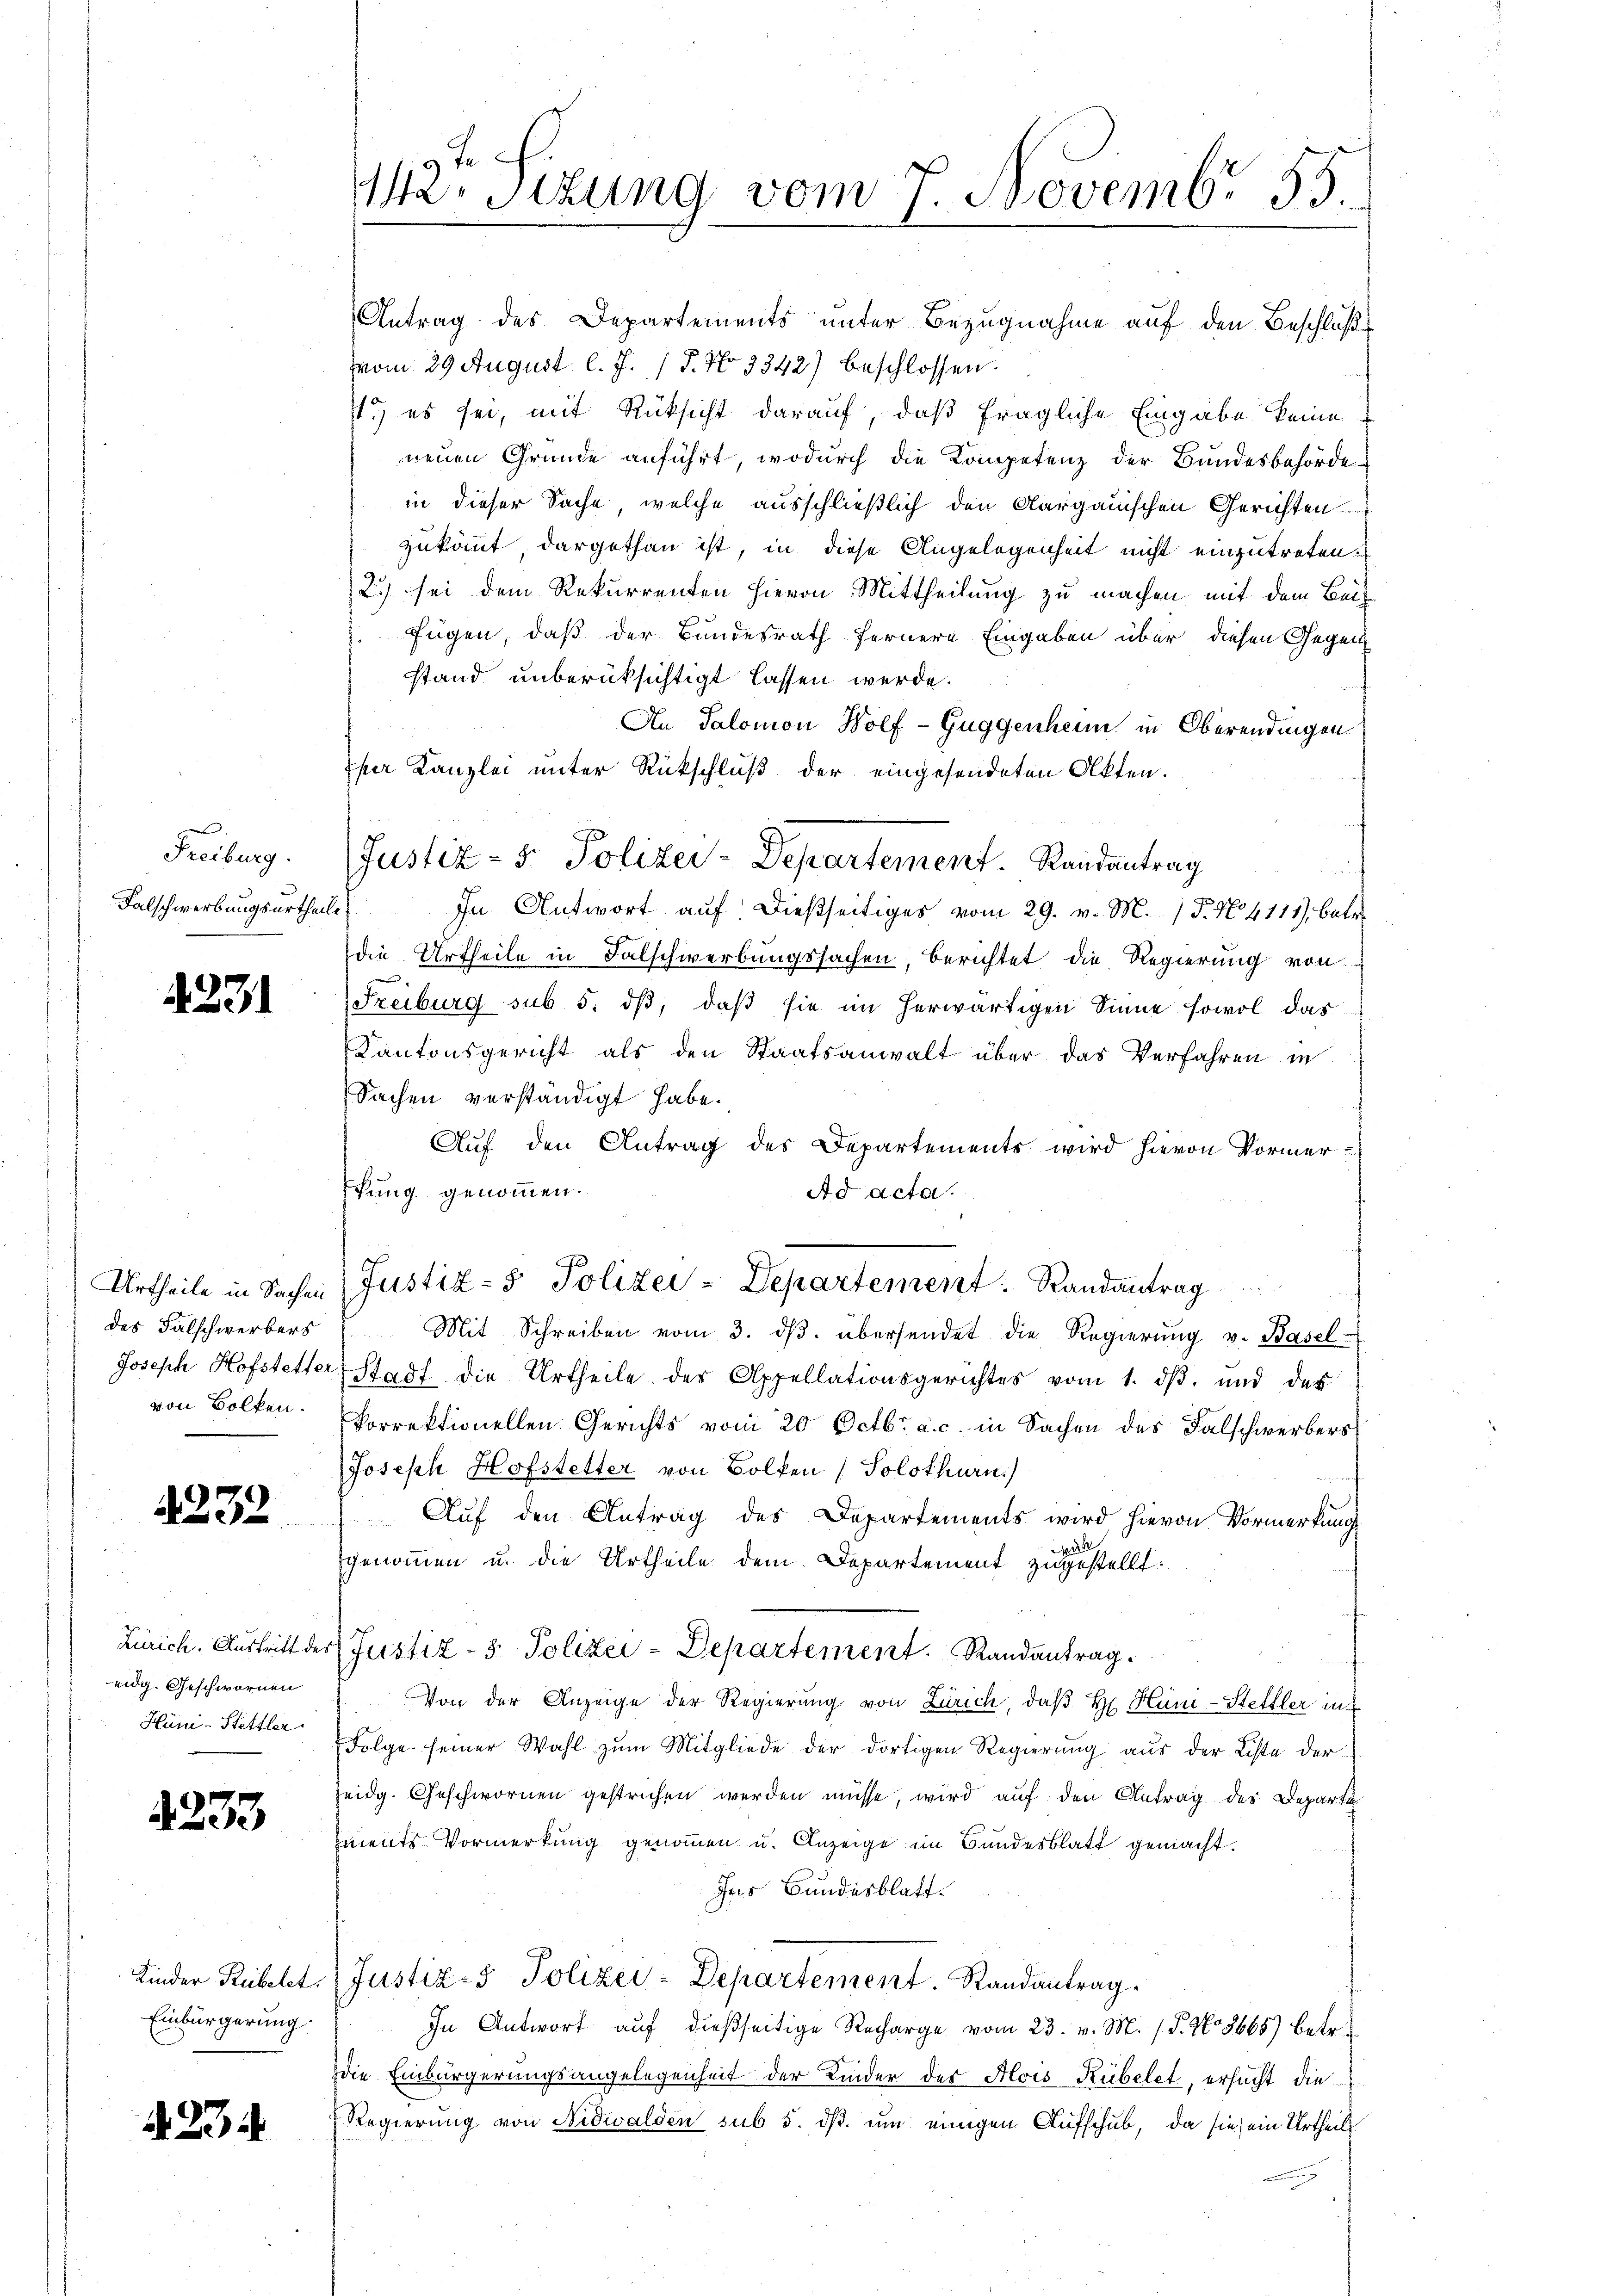
Freiburg.
Falschwerbungsurtheile

Urtheile in Sachen
des Falschwerbers
von Volken.

2232

4233

2

4231

Zürich. Austritt des
eidg. Geschwornen
Hüni - Stettler.

Kinder Rübetet.
Einbürgerung.

3

142. Sitzung vom 7. Novemb. 83.

Antrag des Departements unter Bezugnahme auf den Beschluße
vom 29 August l. J. J. No 3342) beschlossen.
.) es sei, mit Rücksicht darauf, daß fragliche Eingabe keine
neuen Gründe anführt, wodurch die Kompetenz der Bundesbehörde
in dieser Sache, welche ausschließlich den Aargauischen Gerichten
zukömmt dargethan ist, in diese Angelegenheit nicht einzutreten.
2.) sei dem Rekurrenten hievon Mittheilung zu machen mit dem Bei
fügen, daß der Bundesrath fernere Eingaben über diesen Gegenstand unberüksichtigt lassen werde.
An Salomon Wolf Guggenheim in Oberendingen
per Kanzlei unter Rückschluß der eingesendeten Akten.
u
 In Antwort auf dießseitiges vom 29. v. M. (T. N. 4111), betr.
die Urtheile in Falschwerbungssachen, berichtet die Regierung von
Freiburg sub 5. dß, daß sie im herwärtigen Sinne sowol das
Kantonsgericht als den Staatsanwalt über das Verfahren in
Sachen verständigt habe.
Auf den Antrag des Departements wird hievon Vormer
fung genommen.
Ad acta.
Justiz- & Polizei-Departement: Randantrag
Mit Schreiben vom 3. dβ. übersendet die Regierŭng v. Basel
Joseph Hofstetter-Stadt die Urtheile des Appellationsgerichtes vom 1. dβ. und des
korrektionellen Gerichts vom 20. Octbr. a. c. in Sachen des Falschwerbers
Joseph Hofstetter von Bolken (Solothurn)
Auf den Antrag des Departements wird hievon Vormerkung
r
genommen u. die Urtheile dem Departement zugestellt.
Justiz- & Polizei-Departement. Randantrag.
Von der Anzeige der Regierung von Zürich, daβ hr. Hüni-Stettler in
Folge seiner Wahl zŭm Mitgliede der dortigen Regierŭng aŭs der Liste der
seidg. Geschwornen gestrichen werden müsse, wird auf den Antrag des Departi
iments Vormerkung genommen u. Anzeige im Bundesblatt gemacht.
Ins Bundesblatt.
Justiz- & Polizei-Departement. Randantrag.
In Antwort auf dießseitige Recharge vom 23. v. M. (T. No. 3665) betr.
die Einbürgerungsangelegenheit der Kinder der Alois Rübelet, ersucht die
Regierung von Nidwalden sub 5. dß. um einigen Aufschub, da sie ein Urtheils

Justiz - 5. Polizei-Departement. Randantrag